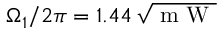
\Omega _ { 1 } / 2 \pi = 1 . 4 4 \, \sqrt { \mathrm { ~ m ~ W ~ } }